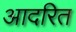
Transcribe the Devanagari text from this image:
आदरित